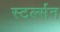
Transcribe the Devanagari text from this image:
स्टर्ल्सन